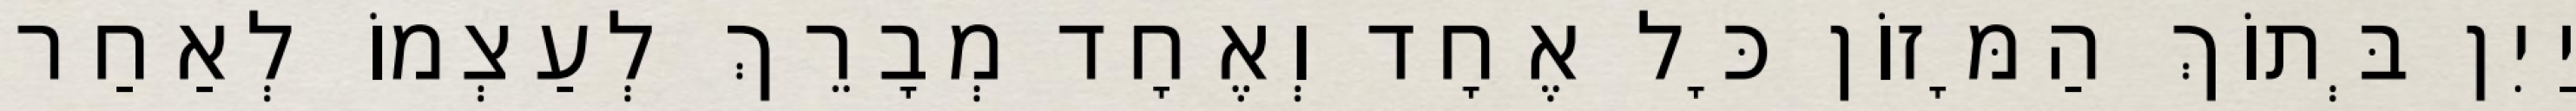
יַיִן בְּתוֹךְ הַמָּזוֹן כָּל אֶחָד וְאֶחָד מְבָרֵךְ לְעַצְמוֹ לְאַחַר